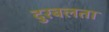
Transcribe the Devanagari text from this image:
दुरबलता